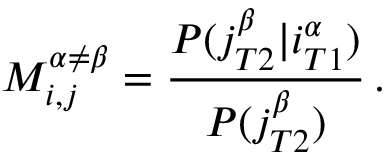
M _ { i , j } ^ { \alpha \neq \beta } = \frac { P ( j _ { T 2 } ^ { \beta } | i _ { T 1 } ^ { \alpha } ) } { P ( j _ { T 2 } ^ { \beta } ) } \, .